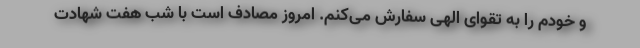
و خودم را به تقوای الهی سفارش می‌کنم. امروز مصادف است با شب هفت شهادت